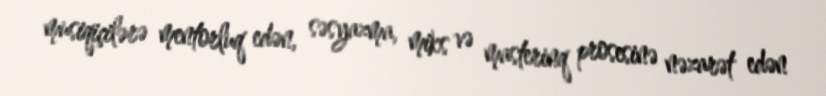
musiqiçilərə mentorluq edən, səsyazma, miks və masterinq prosesinə nəzarət edən